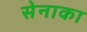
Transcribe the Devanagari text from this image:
सेनाका